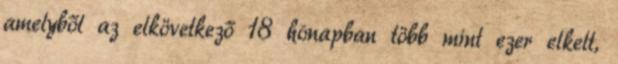
amelyből az elkövetkező 18 hónapban több mint ezer elkelt,